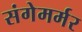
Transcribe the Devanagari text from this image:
संगेमर्मर